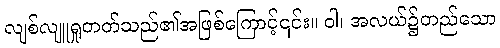
လျစ်လျူရှုတတ်သည်၏အဖြစ်ကြောင့်၎င်း။ ဝါ၊ အလယ်၌တည်သော